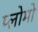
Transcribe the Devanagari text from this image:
प्लोमो